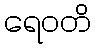
ရေဝတိ